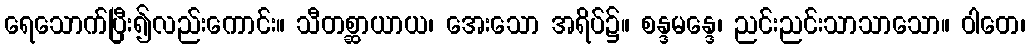
ရေသောက်ပြီး၍လည်းကောင်း။ သီတစ္ဆာယာယ၊ အေးသော အရိပ်၌။ စန္ဒမန္ဒေ၊ ညင်းညင်းသာသာသော။ ဝါတေ၊